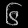
Digit: ၆